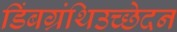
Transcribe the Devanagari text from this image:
डिंबग्रंथिउच्छेदन